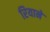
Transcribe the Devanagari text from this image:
रियाने